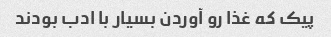
پیک که غذا رو آوردن بسیار با ادب بودند